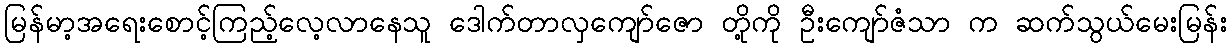
မြန်မာ့အရေးစောင့်ကြည့်လေ့လာနေသူ ဒေါက်တာလှကျော်ဇော တို့ကို ဦးကျော်ဇံသာ က ဆက်သွယ်မေးမြန်း